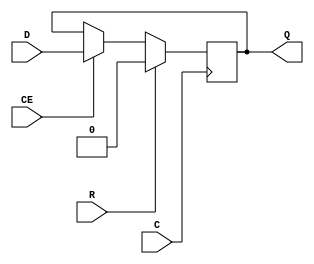
module FDRE (
  output reg Q,
  (* clkbuf_sink *)
  (* invertible_pin = "IS_C_INVERTED" *)
  input C,
  input CE,
  (* invertible_pin = "IS_D_INVERTED" *)
  input D,
  (* invertible_pin = "IS_R_INVERTED" *)
  input R
);
  parameter [0:0] INIT = 1'b0;
  parameter [0:0] IS_C_INVERTED = 1'b0;
  parameter [0:0] IS_D_INVERTED = 1'b0;
  parameter [0:0] IS_R_INVERTED = 1'b0;
  initial Q <= INIT;
  generate
  case (|IS_C_INVERTED)
    1'b0: always @(posedge C) if (R == !IS_R_INVERTED) Q <= 1'b0; else if (CE) Q <= D ^ IS_D_INVERTED;
    1'b1: always @(negedge C) if (R == !IS_R_INVERTED) Q <= 1'b0; else if (CE) Q <= D ^ IS_D_INVERTED;
  endcase
  endgenerate
  specify
    // https://github.com/SymbiFlow/prjxray-db/blob/23c8b0851f979f0799318eaca90174413a46b257/artix7/timings/slicel.sdf#L249
    $setup(D , posedge C &&& CE && !IS_C_INVERTED , /*-46*/ 0); // Negative times not currently supported
    $setup(D , negedge C &&& CE &&  IS_C_INVERTED , /*-46*/ 0); // Negative times not currently supported
    // https://github.com/SymbiFlow/prjxray-db/blob/23c8b0851f979f0799318eaca90174413a46b257/artix7/timings/slicel.sdf#L248
    $setup(CE, posedge C &&& !IS_C_INVERTED, 109);
    $setup(CE, negedge C &&&  IS_C_INVERTED, 109);
    // https://github.com/SymbiFlow/prjxray-db/blob/23c8b0851f979f0799318eaca90174413a46b257/artix7/timings/slicel.sdf#L274
    $setup(R , posedge C &&& !IS_C_INVERTED, 404);
    $setup(R , negedge C &&&  IS_C_INVERTED, 404);
    // https://github.com/SymbiFlow/prjxray-db/blob/34ea6eb08a63d21ec16264ad37a0a7b142ff6031/artix7/timings/CLBLL_L.sdf#L243
    if (!IS_C_INVERTED && R != IS_R_INVERTED)        (posedge C => (Q : 1'b0)) = 303;
    if ( IS_C_INVERTED && R != IS_R_INVERTED)        (negedge C => (Q : 1'b0)) = 303;
    if (!IS_C_INVERTED && R == IS_R_INVERTED && CE) (posedge C => (Q : D ^ IS_D_INVERTED)) = 303;
    if ( IS_C_INVERTED && R == IS_R_INVERTED && CE) (negedge C => (Q : D ^ IS_D_INVERTED)) = 303;
  endspecify
endmodule